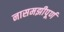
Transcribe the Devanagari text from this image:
नासमझीपूर्ण